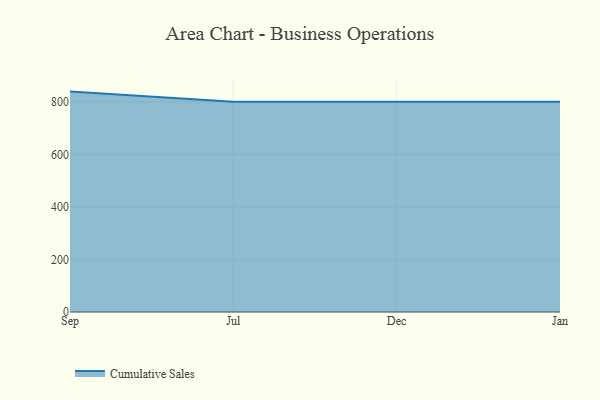
{"axis": {"x": "Month", "y": "Revenue (USD Million)"}, "legend": ["Cumulative Sales"], "data": [{"x": "Sep", "y": 838.7, "type": "Cumulative Sales"}, {"x": "Jul", "y": 800, "type": "Cumulative Sales"}, {"x": "Dec", "y": 800, "type": "Cumulative Sales"}, {"x": "Jan", "y": 800, "type": "Cumulative Sales"}]}